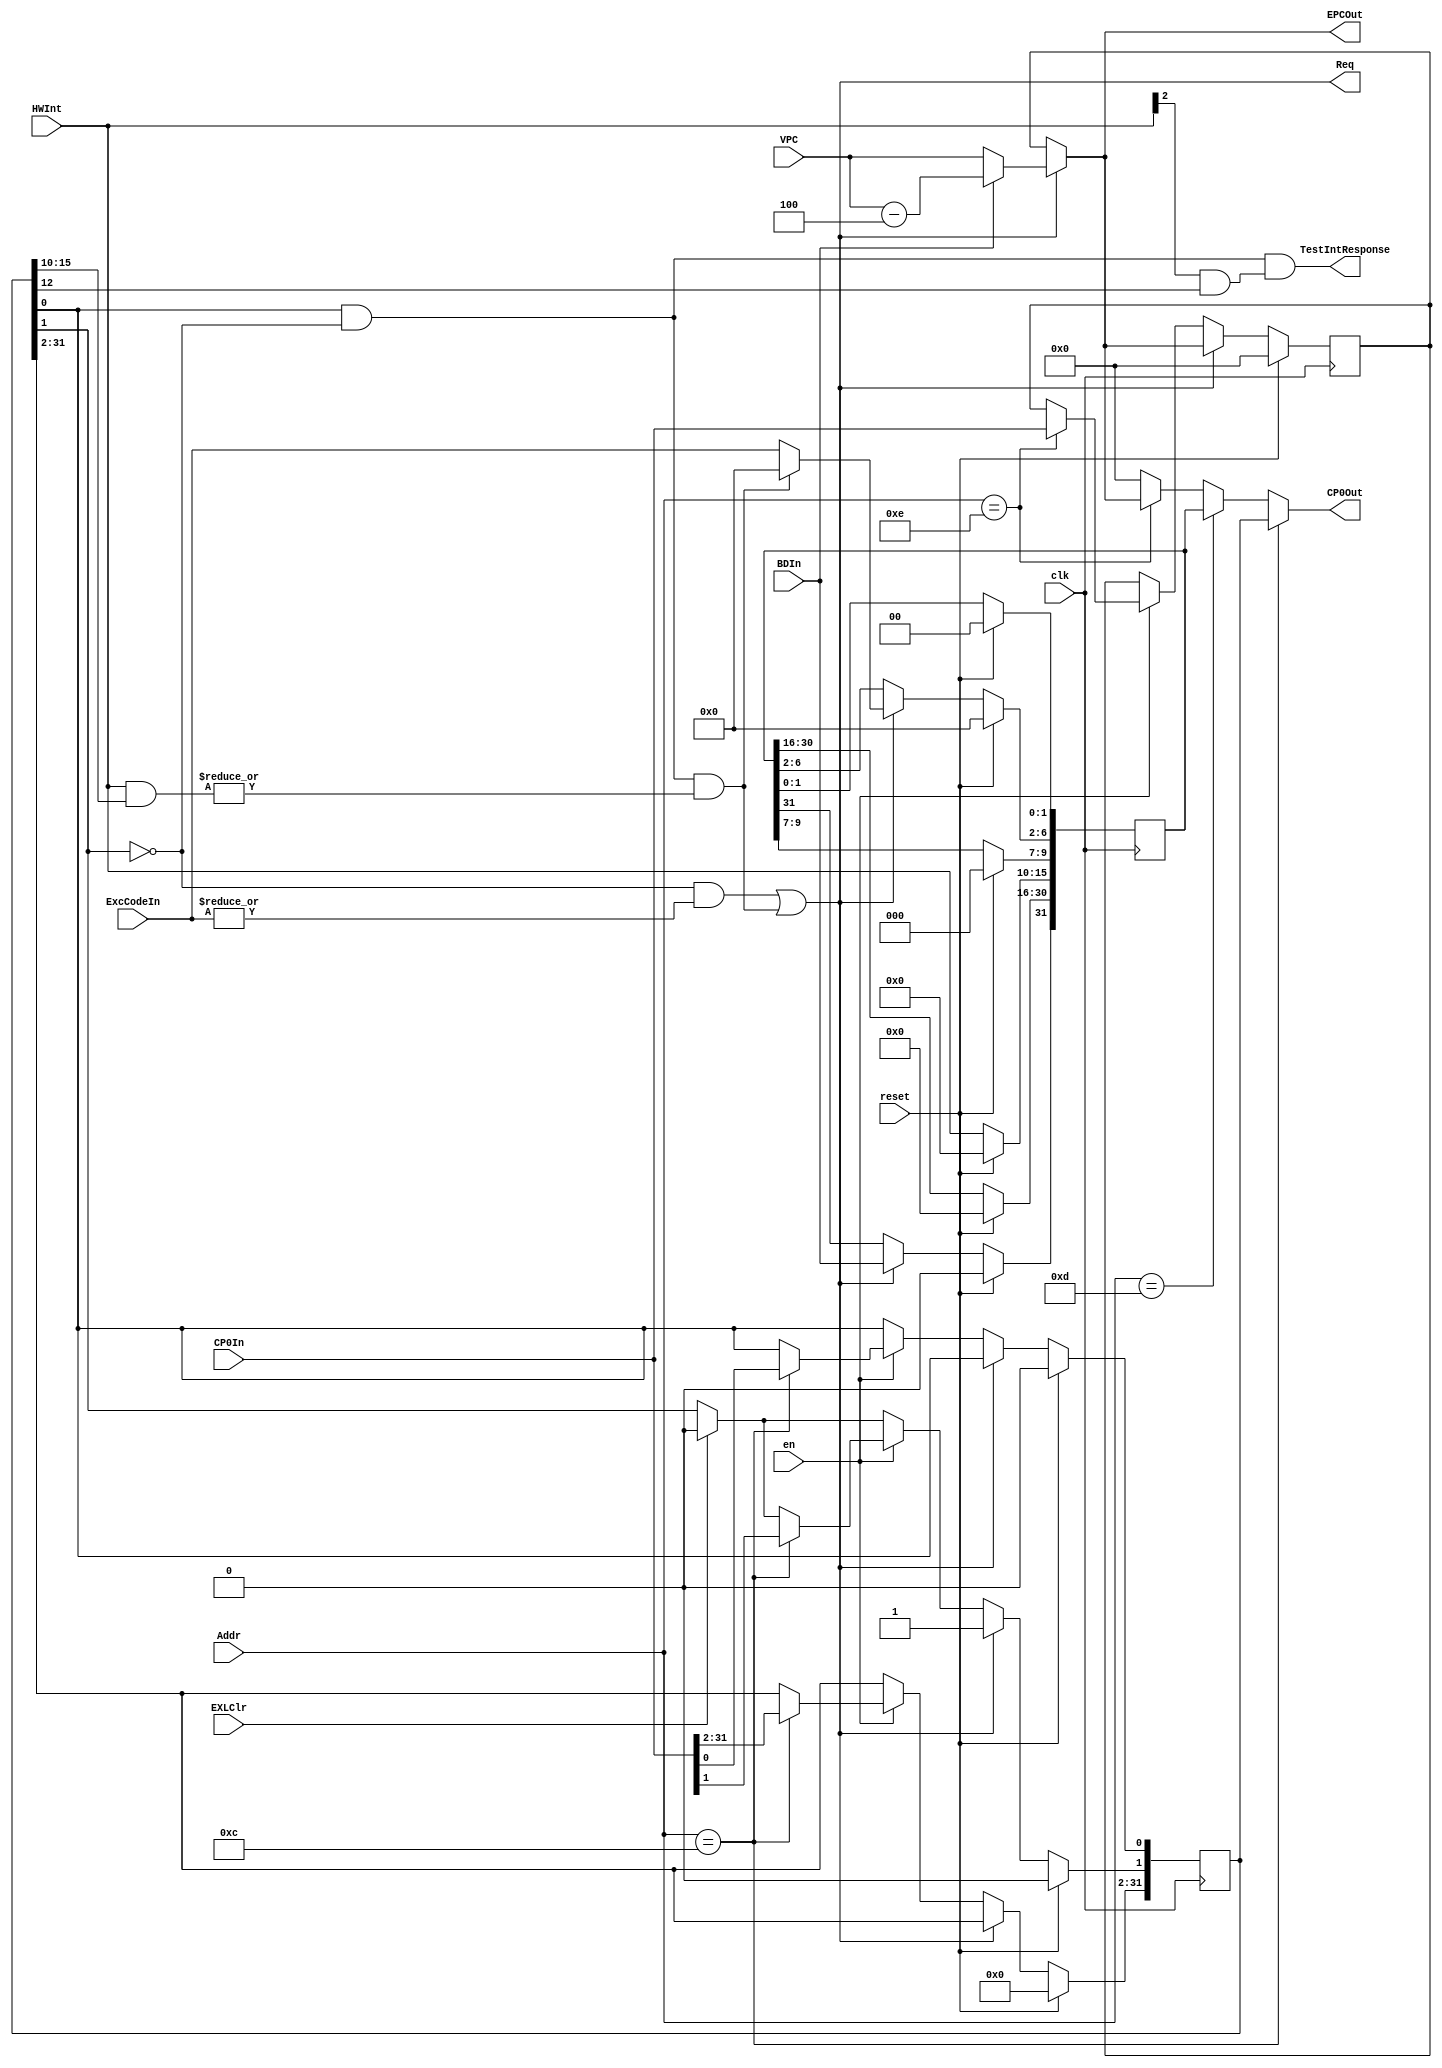
module CP0(
    input clk,                      //
    input reset,                    //

    input [4:0] Addr,           //
    input [31:0] CP0In,	            //CP0     
    input [31:0] VPC,               // PC
    input [4:0] ExcCodeIn,          //
    input BDIn,                     //
    input [5:0] HWInt,              //
    input en,                       //
    input EXLClr,                   // EXL

    output [31:0] EPCOut,           //EPC 
    output [31:0] CP0Out,           //CP0 
    output Req,                     //
    output TestIntResponse
);
    reg [31:0] SR;
    reg [31:0] Cause;
    reg [31:0] EPC;

    wire Exception = !SR[1] && (|ExcCodeIn);
    wire Interrupt = SR[0] && !SR[1] && (| (HWInt & SR[15:10]));
    assign Req = Exception | Interrupt;
    wire [31:0] tmp_EPC = (Req) ? (BDIn ? (VPC - 32'd4) : VPC) : EPC;
    assign EPCOut = tmp_EPC;
    assign TestIntResponse = !SR[1] && SR[0] && (HWInt[2] & SR[12]);
    assign CP0Out = (Addr == 12) ? SR :
                    (Addr == 13) ? Cause :
                    (Addr == 14) ? EPCOut : 0;
    always @(posedge clk) begin
        if (reset) begin
            SR <= 0;
			Cause <= 0;
            EPC <= 0;
        end
        else begin
            Cause[15:10] <= HWInt;
            if(EXLClr) 
                SR[1] <= 1'b0;
            if(Req) begin
                    Cause[6:2] <= Interrupt ? 5'd0 : ExcCodeIn;
                    SR[1] <= 1'b1;
                    EPC <= tmp_EPC;
                    Cause[31] <= BDIn;
            end 
            else if(en) begin
                case (Addr)
                    12:SR <= CP0In;
                    14:EPC <= CP0In; 
                endcase                   
            end
        end
    end
    
   
endmodule
/*
SRState Register	IMInterrupt Mask	15:10	 1  0  mtc0 
SRState Register	EXLException Level	1	    
SRState Register	IEInterrupt Enable	0	     1  0 
Cause	                BDBranch Delay	    31	     1 EPC 
Cause	                IPInterrupt Pending	15:10	 6  6  1  0 
Cause	                ExcCode	                6:2	    
EPC                   	-	                    -   	 PC
*/
// 0 000 0000 0000 0000 0000 00000 01010 00 10  get
// 0 000 0000 0000 0000 0000 00000 01000 00 8   expect